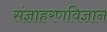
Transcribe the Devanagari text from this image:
संज्ञाहरणविज्ञान